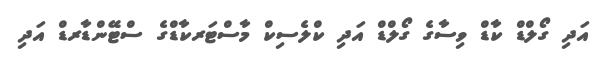
އަދި ގޯލްޑް ކާޑް ވިސާގެ ގޯލްޑް އަދި ކްލެސިކް މާސްޓަރކާޑްގެ ސްޓޭންޑާރޑް އަދި